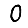
Digit: 0